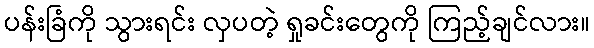
ပန်းခြံကို သွားရင်း လှပတဲ့ ရှုခင်းတွေကို ကြည့်ချင်လား။